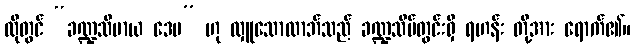
ထိုတွင် “ခဏ္ဍသီမာယ ဒေမ” ဟု လှူသောလာဘ်သည် ခဏ္ဍသိမ်တွင်းရှိ ရဟန်း တို့အား ရောက်၏။